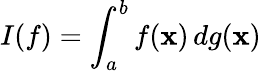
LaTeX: I(f)=\int_{a}^{b}f(\mathbf{x})\, dg(\mathbf{x})